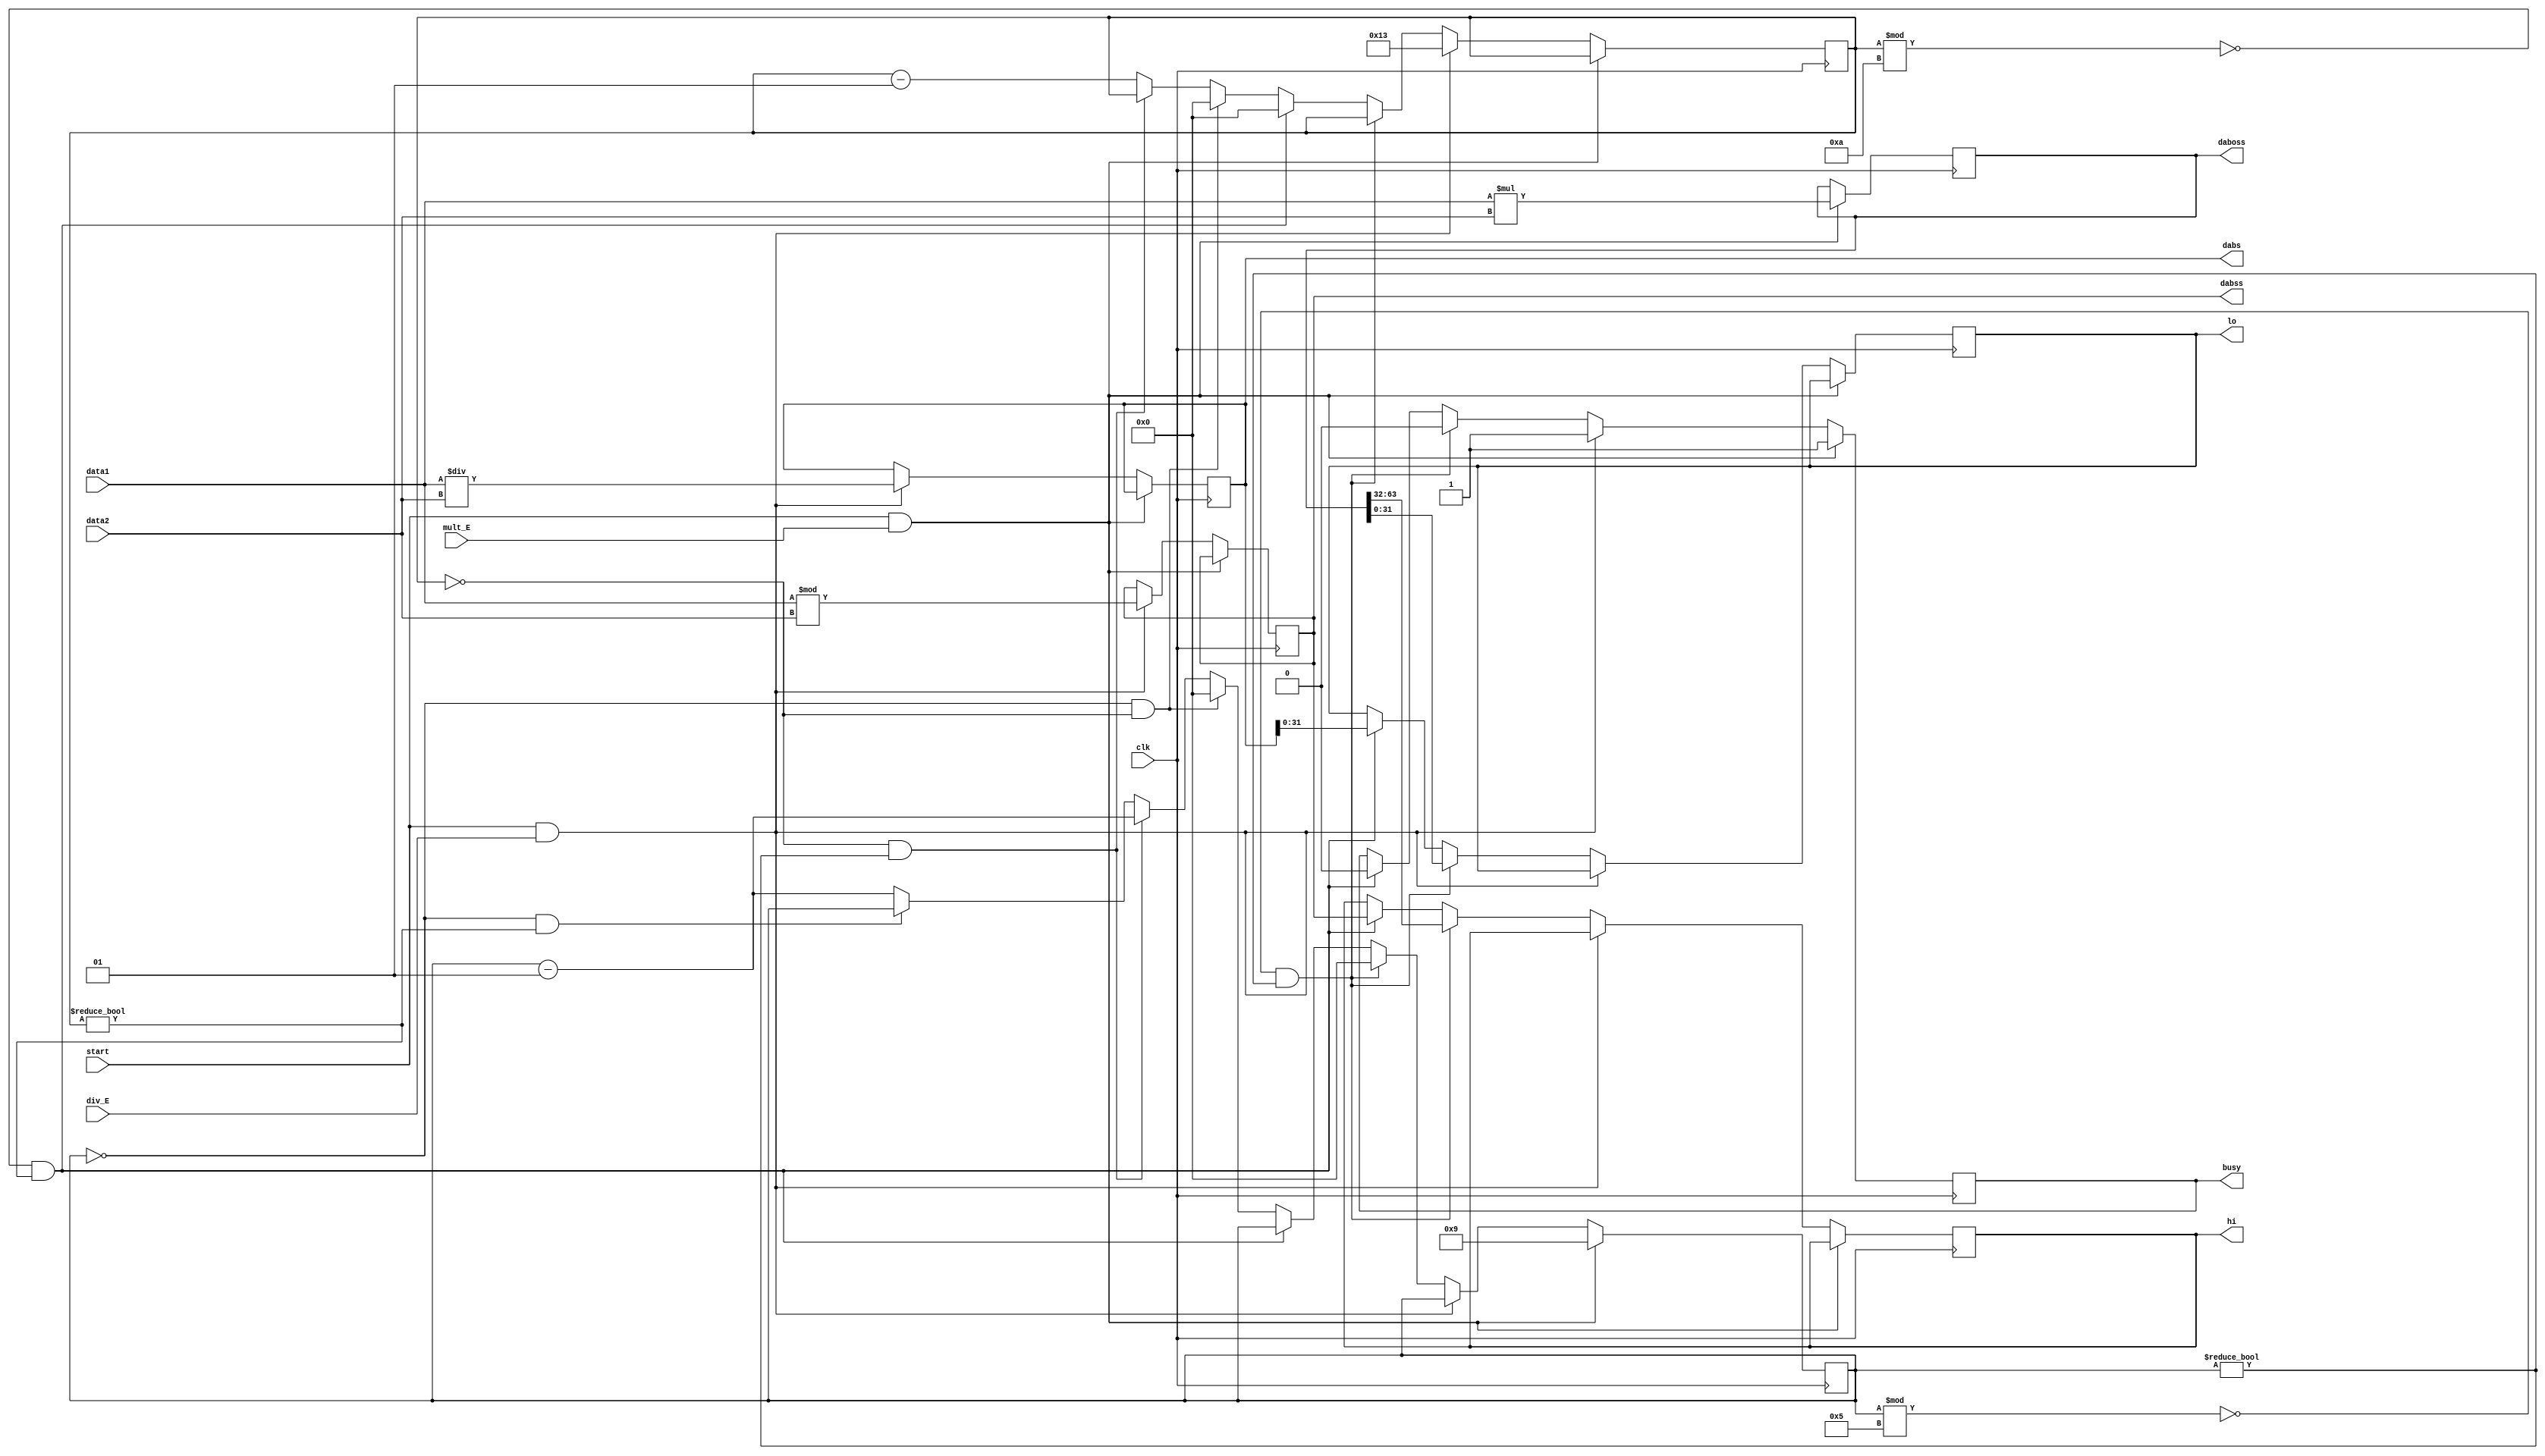
`timescale 1ns / 1ps
//////////////////////////////////////////////////////////////////////////////////
// Company: 
// Engineer: 
// 
// Design Name: 
// Module Name:    cmd4 
// Project Name: 
// Target Devices: 
// Tool versions: 
// Description: 
//
// Dependencies: 
//
// Revision: 
// Revision 0.01 - File Created
// Additional Comments: 
//
//////////////////////////////////////////////////////////////////////////////////
module cmd4(
	 input [31:0] data1,
	 input [31:0] data2,
	 input start,
	 input clk,
	 input mult_E,
	 input div_E,
	 output reg busy,
	 output [31:0] lo,
	 output [31:0] hi,
	 output reg [63:0] daboss,
	 output reg [31:0] dabss,
	 output reg [63:0] dabs
    );
	 reg [31:0] loo;
	 reg [31:0] hii;
	 integer i = 0;
	 integer j = 0;
	 initial begin
		daboss = 0;
		dabs = 0;
		dabss = 0;
		busy = 0;
		loo = 0;
		hii = 0;
	 end
	 always @(posedge clk)begin
			
		if(start==1&&mult_E==1)begin
			busy <= 1;
			daboss <= data1 * data2;
			i = 9;
		end
		else if(start==1&&div_E==1)begin
			busy <= 1;
			dabs <= data1 / data2;
			dabss <= data1 % data2;
			j = 19;
		end
		else begin
			if(i%5==0&&i!=0)begin
				busy <= 0;
				loo <= daboss[31:0];
				hii <= daboss[63:32];
				i = 0;
			end
			else if(j%10==0&&j!=0)begin
				busy <= 0;
				loo <= dabs[31:0];
				hii <= dabss[31:0];
				j = 0;
				
			end
			else begin
				if(i==0&&j==0)begin
					i = 0;
					j = 0;
					
				end
				else if(j==0&&i!=0)begin
					i = i - 1;
				end
				else if(i==0&&j!=0)begin
					j = j - 1;
				end
				else begin
					i = i - 1;
					j = j - 1;
				end
			end
		end
	 end
	 assign lo = loo[31:0];
	 assign hi = hii[31:0];
	 


endmodule